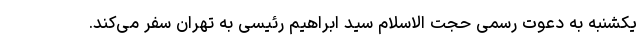
یکشنبه به دعوت رسمی حجت الاسلام سید ابراهیم رئیسی به تهران سفر می‌کند.